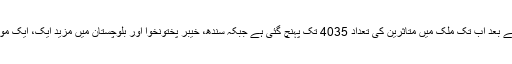
آج بھی کورونا وائرس کے کیسز رپورٹ ہوئے جس کے بعد اب تک ملک میں متاثرین کی تعداد 4035 تک پہنچ گئی ہے جبکہ سندھ، خیبر پختونخوا اور بلوچستان میں مزید ایک، ایک موت کے بعد انتقال کرنے والوں کی تعداد 56 ہوگئی ہے۔